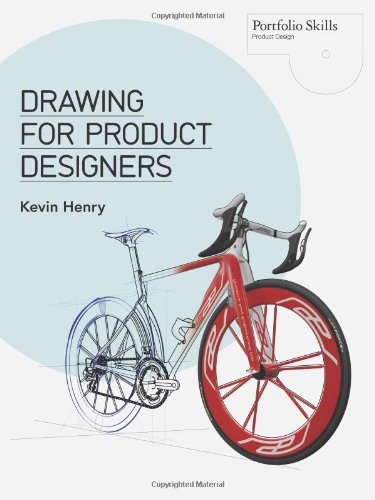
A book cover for Drawing for Product Designers (Portfolio Skills: Product Design); Kevin Henry; Arts & Photography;